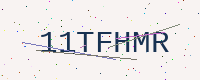
Text: 11TFHMR